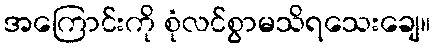
အကြောင်းကို စုံလင်စွာမသိရသေးချေ။